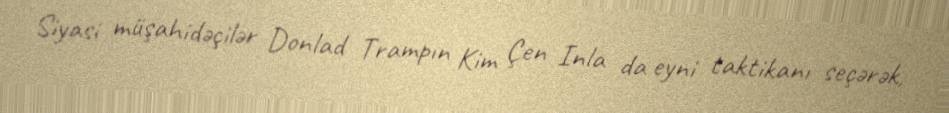
Siyasi müşahidəçilər Donlad Trampın Kim Çen Inla da eyni taktikanı seçərək,